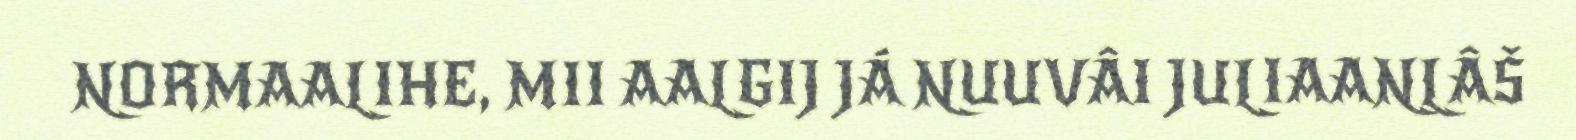
NORMAALIHE, MII AALGIJ JÁ NUUVÂI JULIAANLÂŠ